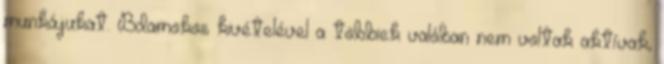
munkájukat. Bdamokos kivételével a többiek valóban nem voltak aktívak,